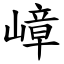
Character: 嶂